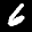
Label: 6